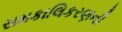
સમકાલિકરણની